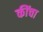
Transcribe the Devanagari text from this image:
कींचा